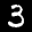
Label: 3